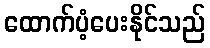
ထောက်ပံ့ပေးနိုင်သည်